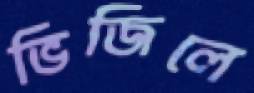
ভিজিলে